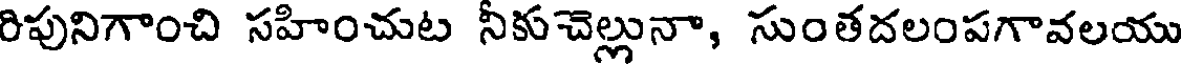
రిపునిగాంచి సహించుట నీకుచెల్లునా, సుంతదలంపగావలయు